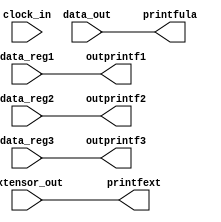
module printf

(
	data_reg1,
	data_reg2,
	data_reg3,
	extensor_out,
	data_out,
	outprintf1,
	outprintf2,
	outprintf3,
	printfext,
	printfula,
	clock_in
);

input [31:0] data_reg1;
input [31:0] data_reg2;
input [31:0] data_reg3;
input [31:0] extensor_out;
input [31:0] data_out;
input clock_in;
output [31:0] outprintf1;
output [31:0] outprintf2;
output [31:0] outprintf3;
output [31:0] printfext;
output [31:0] printfula;

assign outprintf1 = data_reg1;
assign outprintf2 = data_reg2;
assign outprintf3 = data_reg3;
assign printfext = extensor_out;
assign printfula= data_out;

endmodule